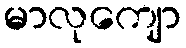
မာလုကျော